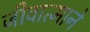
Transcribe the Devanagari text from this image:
जीवात्माने